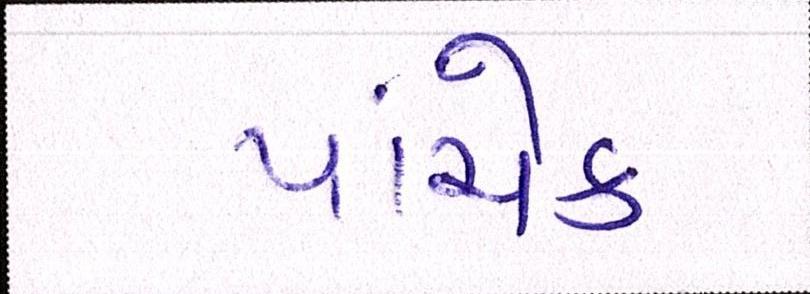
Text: પાંચેક